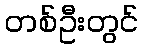
တစ်ဦးတွင်